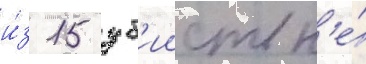
и́з 15 уб'ииств н'е́